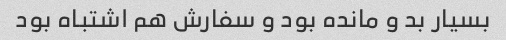
بسیار بد و مانده بود و سفارش هم اشتباه بود